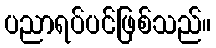
ပညာရပ်ပင်ဖြစ်သည်။